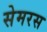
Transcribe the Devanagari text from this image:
सेमरस